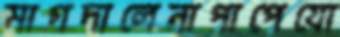
মাগদালেনাপাপেযো